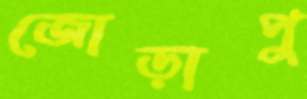
জোড়াপু